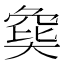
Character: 𡙟